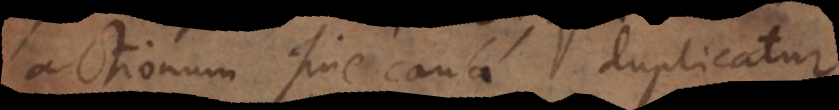
actionum sine causa duplicatur.